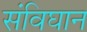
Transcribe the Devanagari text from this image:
संविघान